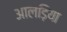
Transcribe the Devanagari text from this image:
आलड़िया